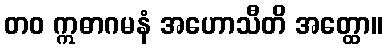
တဝ ဣဓာဂမနံ အဟောသီတိ အတ္ထော။